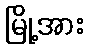
မြို့အား